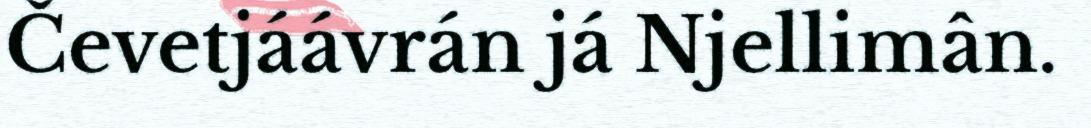
Čevetjáávrán já Njellimân.